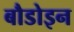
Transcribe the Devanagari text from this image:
बौडोइन